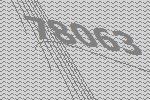
78063